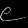
Digit: ၉